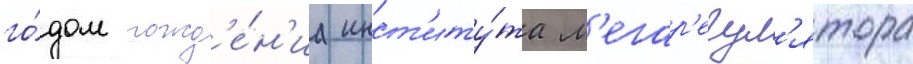
го́дом рожд'е́н'иа инст'иту́та м'егар'егул'ятора